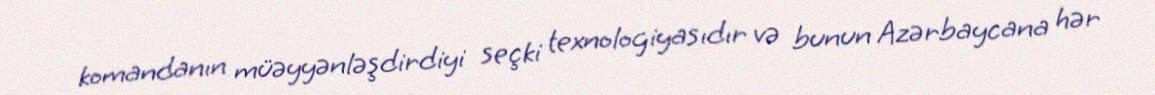
komandanın müəyyənləşdirdiyi seçki texnologiyasıdır və bunun Azərbaycana hər